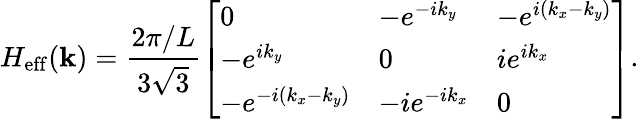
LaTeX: H_{\mathrm{eff}}(\textbf{k})=\frac{2\pi/L}{3\sqrt{3}}\left[\begin{array}{lll}{0}&{-e^{-ik_{y}}}&{-e^{i(k_{x}-k_{y})}}\\ {-e^{ik_{y}}}&{0}&{ie^{ik_{x}}}\\ {-e^{-i(k_{x}-k_{y})}}&{-ie^{-ik_{x}}}&{0}\end{array}\right].